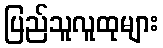
ပြည်သူလူထုများ